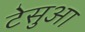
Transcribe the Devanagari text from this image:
टेसुआ